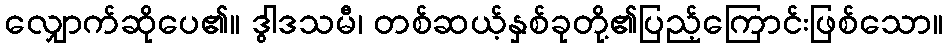
လျှောက်ဆိုပေ၏။ ဒွါဒသမီ၊ တစ်ဆယ့်နှစ်ခုတို့၏ပြည့်ကြောင်းဖြစ်သော။